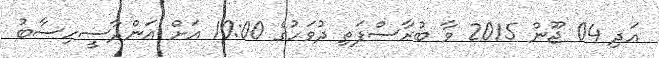
އަދި 04 ޖޫން 2015 ވާ ބުރާސްފަތި ދުވަހުގެ 10:00 އަށް އަންދާސީހިސާބު